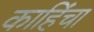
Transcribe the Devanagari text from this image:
काहिंचा